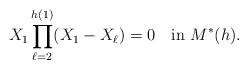
LaTeX: \begin{align*} X_1\displaystyle\prod_{\ell=2}^{h(1)}(X_1-X_{\ell})=0 \ \ \ {\rm in} \ M^*(h).\end{align*}